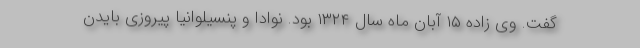
گفت. وی زاده ۱۵ آبان ماه سال ۱۳۲۴ بود. نوادا و پنسیلوانیا پیروزی بایدن